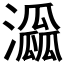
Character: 𤂜